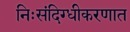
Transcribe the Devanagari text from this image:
निःसंदिग्धीकरणात